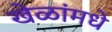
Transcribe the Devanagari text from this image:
खेळांमधे